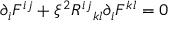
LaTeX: { \partial } _ { i } F ^ { i j } + { \xi } ^ { 2 } { R ^ { i j } } _ { k l } { \partial } _ { i } F ^ { k l } = 0